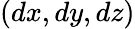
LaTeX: (dx,dy,dz)